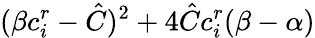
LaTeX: (\beta c_{i}^{r}-\hat{C})^{2}+4\hat{C}c_{i}^{r}(\beta-\alpha)